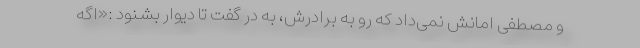
و مصطفی امانش نمی‌داد که رو به برادرش، به در گفت تا دیوار بشنود :«اگه